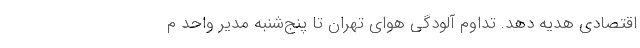
اقتصادی هدیه دهد. تداوم آلودگی هوای تهران تا پنج‌شنبه مدیر واحد م